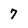
Character: 7